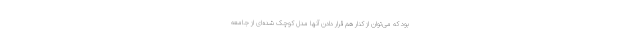
بود که می‌توان از کنار هم قرار دادن آنها مدل کوچک ‌شده‌ای از جامعه